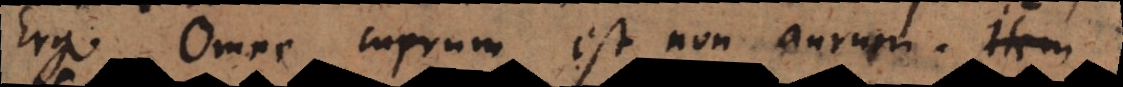
Ergo omne cuprum est non aurum.